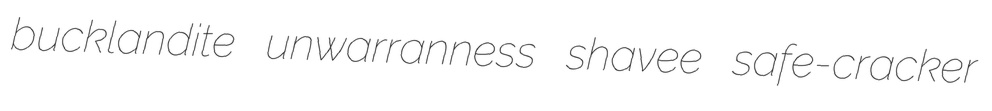
bucklandite unwarranness shavee safe-cracker